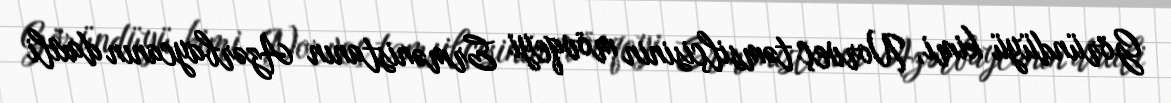
Göründüyü kimi, Norveç təmsilçisinin mövqeyi Ermənistanın Azərbaycanın daxili